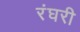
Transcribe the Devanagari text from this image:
रंघरी